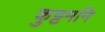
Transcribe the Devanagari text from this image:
कुट्टमनि